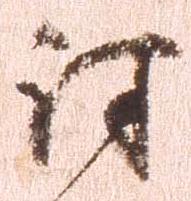
討